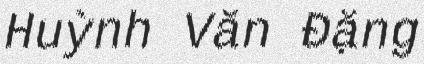
Huỳnh Văn Đặng